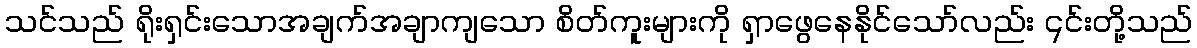
သင်သည် ရိုးရှင်းသောအချက်အချာကျသော စိတ်ကူးများကို ရှာဖွေနေနိုင်သော်လည်း ၎င်းတို့သည်